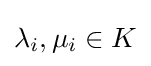
\lambda _{i},\mu _{i}\in K